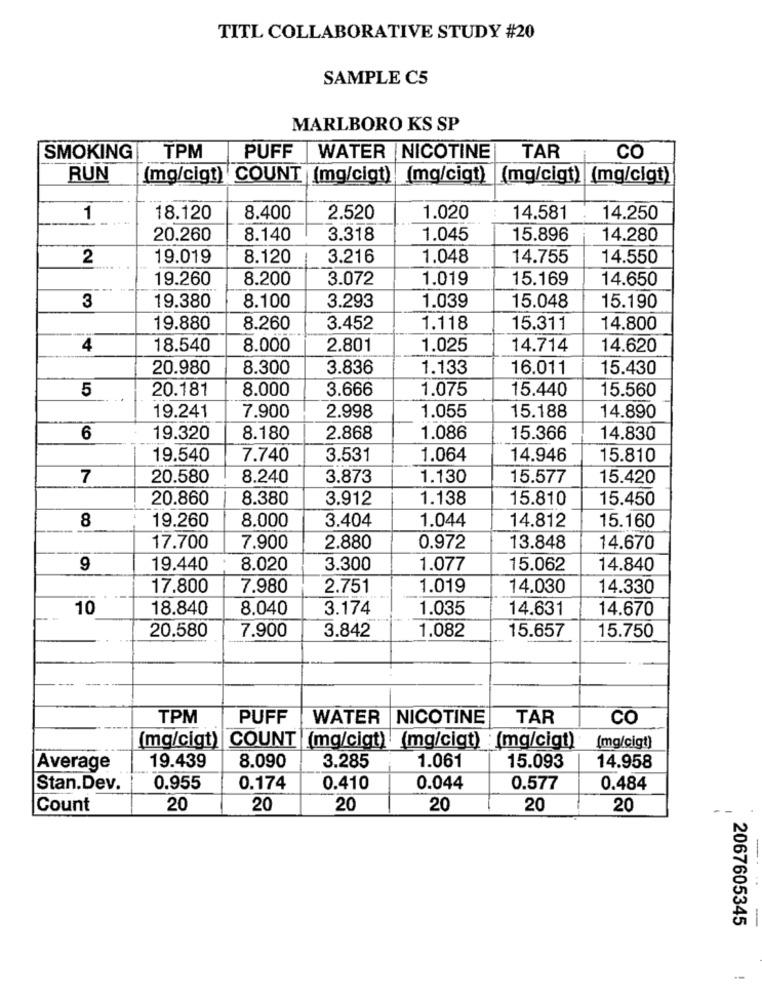
TITL COLLABORATIVE STUDY #20
SAMPLE C5
MARLBORO KS SP
SMOKING
TPM
PUFF
WATER NICOTINE
TAR
CO
RUN
(mg/cigt) COUNT (mg/cigt)
(mg/cigt) (mg/cigt) (mg/cigt)
1
18.120
8.400
2.520
1.020
14.581
14.250
20.260
8.140
3.318
1.045
15.896
14.280
2
19.019
8.120
3.216
1.048
14.755
14.550
19.260
8.200
3.072
1.019
15.169
14.650
3
19.380
8.100
3.293
1.039
15.048
15.190
19.880
8.260
3.452
1.118
15.311
14.800
4
18.540
8.000
2.801
1.025
14.714
14.620
20.980
8.300
3.836
1.133
16.011
15.430
5
20.181
8.000
3.666
1.075
15.440
15.560
19.241
7.900
2.998
1.055
15.188
14.890
6
19.320
8.180
2.868
1.086
15.366
14.830
19.540
7.740
3.531
1.064
14.946
15.810
7
20.580
8.240
3.873
1.130
15.577
15.420
20.860
8.380
3.912
1.138
15.810
15.450
8
19.260
8.000
3.404
1.044
14.812
15.160
17.700
7.900
2.880
0.972
13.848
14.670
9
19.440
8.020
3.300
1.077
15.062
14.840
17.800
7.980
2.751
1.019
14.030
14.330
10
18.840
8.040
3.174
1.035
14.631
14.670
20.580
7.900
3.842
1.082
15.657
15.750
TPM
PUFF
WATER NICOTINE
TAR
CO
(mg/cigt) COUNT (mg/cigt) (mg/cigt) (mg/cigt)
(mg/cigt)
3.285
Average
19.439
8.090
1.061
15.093
14.958
Stan.Dev.
0.955
0.174
0.410
0.044
0.577
0.484
Count
20
20
20
20
20
20
2067605345